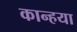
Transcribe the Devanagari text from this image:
कान्हया